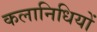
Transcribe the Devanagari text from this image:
कलानिधियों